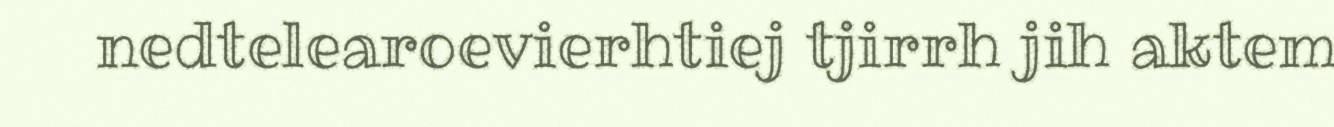
nedtelearoevierhtiej tjirrh jih aktem